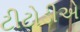
ટીટોડીએ